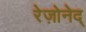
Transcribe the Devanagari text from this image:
रेज़ोनेद्